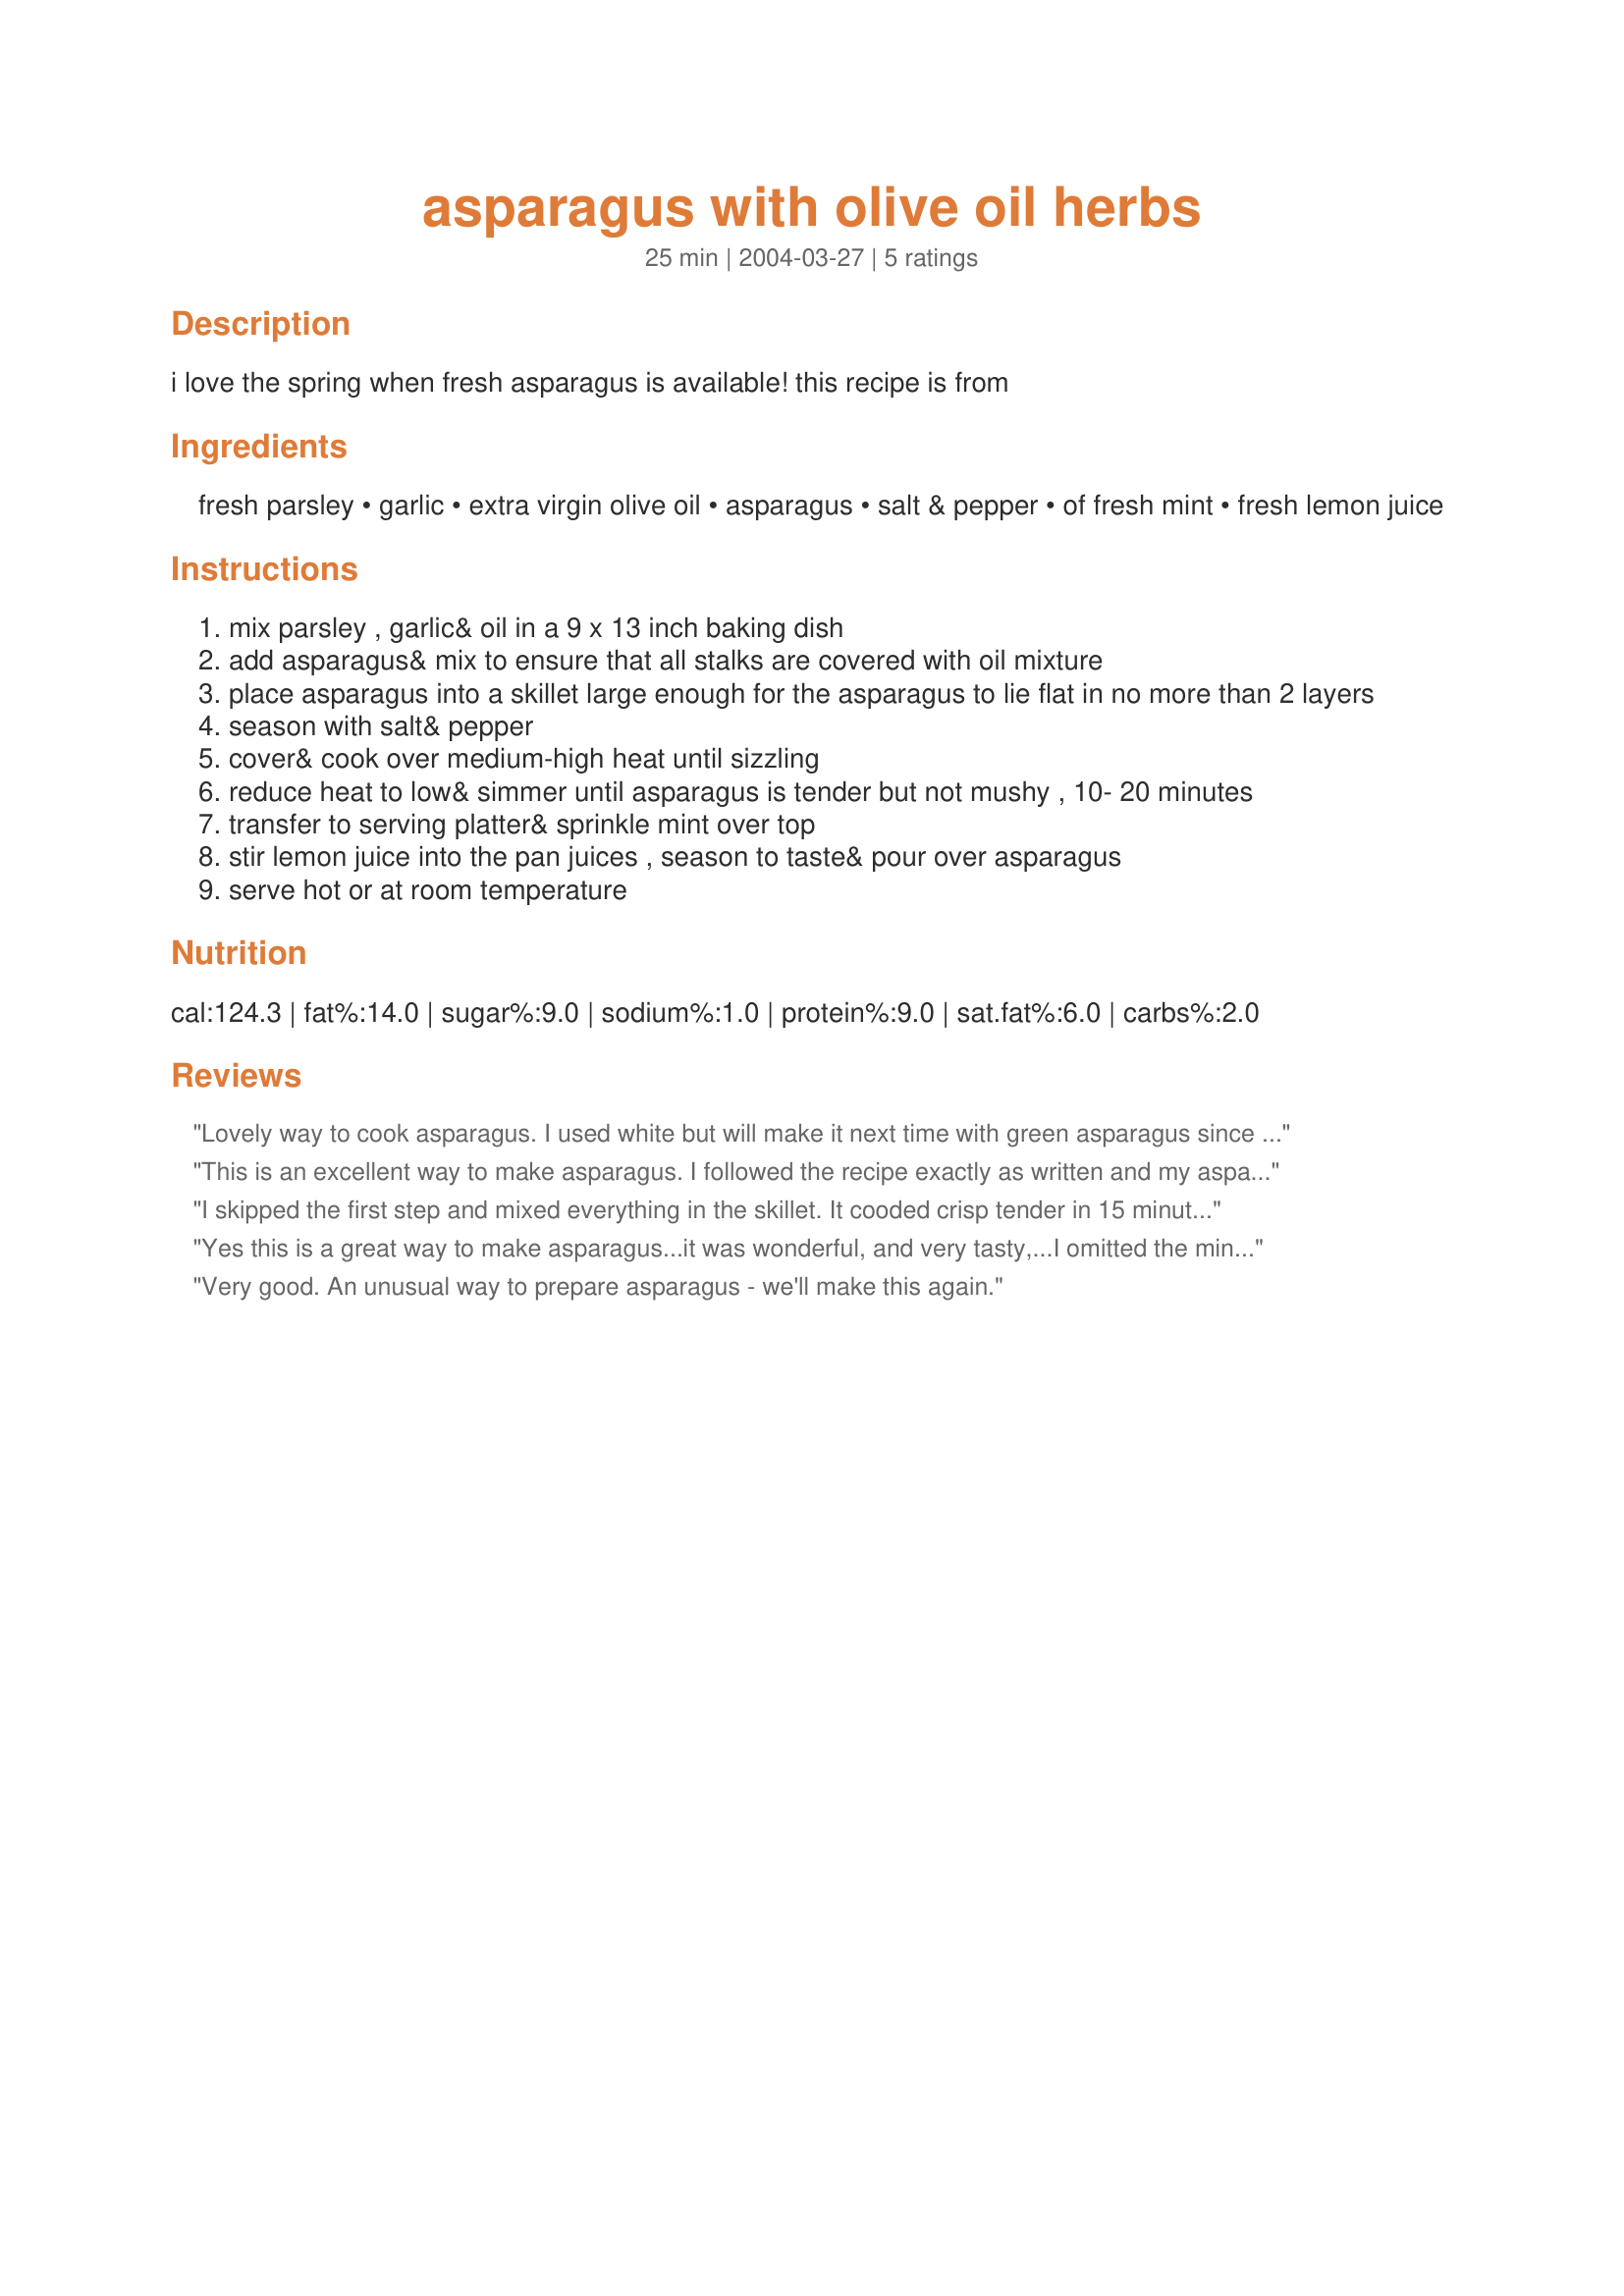
asparagus with olive oil herbs
Preparation time: 25 minutes

i love the spring when fresh asparagus is available! this recipe is from

Ingredients:
fresh parsley, garlic, extra virgin olive oil, asparagus, salt & pepper, of fresh mint, fresh lemon juice

Steps:
mix parsley , garlic& oil in a 9 x 13 inch baking dish
add asparagus& mix to ensure that all stalks are covered with oil mixture
place asparagus into a skillet large enough for the asparagus to lie flat in no more than 2 layers
season with salt& pepper
cover& cook over medium-high heat until sizzling
reduce heat to low& simmer until asparagus is tender but not mushy , 10- 20 minutes
transfer to serving platter& sprinkle mint over top
stir lemon juice into the pan juices , season to taste& pour over asparagus
serve hot or at room temperature

Reviews:
Lovely way to cook asparagus. I used white but will make it next time with green asparagus since the white ones take longer to cook. I added 2 tablespoons of chicken stock because of the longer cooking time and used half of the mint.
This is an excellent way to make asparagus. I followed the recipe exactly as written and my asparagus was cooked (to my liking) in 13 minutes. The mint detracted from the taste of the asparagus as it really overpowered the asparagus so, next time, I think I will leave it out but follow the rest of the recipe exactly. Thanks CL!
I skipped the first step and mixed everything in the skillet. It cooded crisp tender in 15 minutes. I brought the pan juices to a boil and boiled down a few minutes before adding the lemon juice. Everyone thought it was a wonderful recipe and as usual the directions were wonderful. Thanks for sharing. I am sure I will do make this again.
Yes this is a great way to make asparagus...it was wonderful, and very tasty,...I omitted the mint, as my DH just isn't wild over the taste. It did not take long to cook... and we enjoyed this dish very much...I made this to go along with Mep's Famous Chicken...it was a wonderful dinner...thank you CountryLady, for such a wonderful asaragus dish, I will look forward to making this asparagus again very soon....:-)... KC
Very good. An unusual way to prepare asparagus - we'll make this again.
